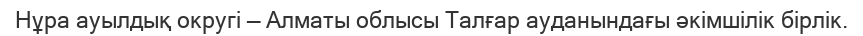
Нұра ауылдық округі — Алматы облысы Талғар ауданындағы әкімшілік бірлік.